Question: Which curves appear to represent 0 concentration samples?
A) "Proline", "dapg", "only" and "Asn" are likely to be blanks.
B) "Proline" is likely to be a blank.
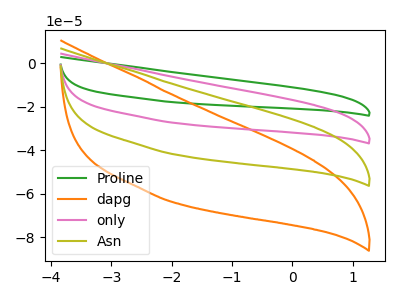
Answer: <think>The green curve "Proline" has no peaks. The orange curve "dapg" has no peaks. The pink curve "only" has no peaks. The olive curve "Asn" has no peaks.</think>
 <answer>A) "Proline", "dapg", "only" and "Asn" are likely to be blanks.</answer>
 <eval>A</eval>